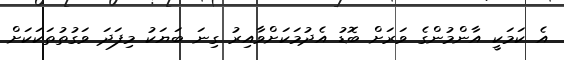
އެ ކަމަކީ އާންމުންގެ ވަރަށް ބޮޑު އެދުމަކަށްވާއިރު ގިނަ ބަޔަކު މިފަދަ ވަގުތުތަކަކަށް